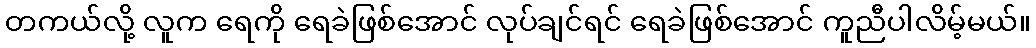
တကယ်လို့ လူက ရေကို ရေခဲဖြစ်အောင် လုပ်ချင်ရင် ရေခဲဖြစ်အောင် ကူညီပါလိမ့်မယ်။